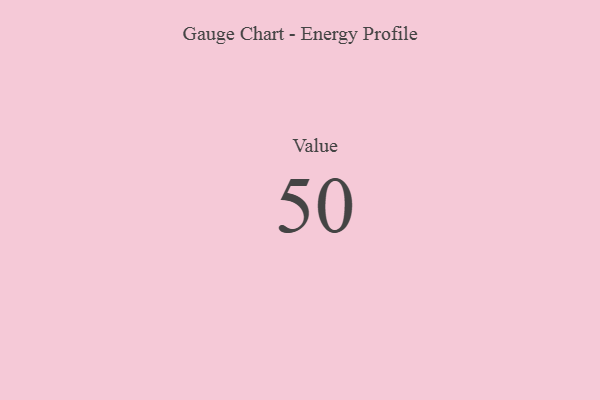
{"axis": {"x": "Metric", "y": "Value"}, "legend": [""], "data": [{"x": "Value", "y": 50, "type": ""}]}